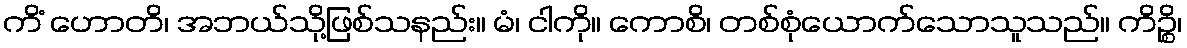
ကိံ ဟောတိ၊ အဘယ်သို့ဖြစ်သနည်း။ မံ၊ ငါကို။ ကောစိ၊ တစ်စုံယောက်သောသူသည်။ ကိဉ္စိ၊